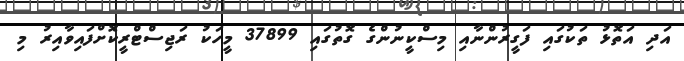
އަދި އަތޮޅު ތަކުގައި ފަގީރުންނާއި މިސްކީނުންގެ ގޮތުގައި 37899 މީހަކު ރަޖިސްޓްރީކޮށްފައިވާއިރު މި